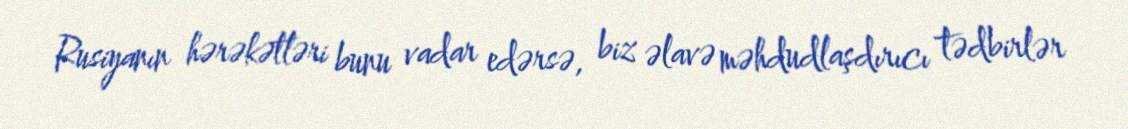
Rusiyanın hərəkətləri bunu vadar edərsə, biz əlavə məhdudlaşdırıcı tədbirlər